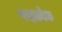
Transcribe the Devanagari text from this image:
पद्मलोक